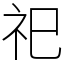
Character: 祀